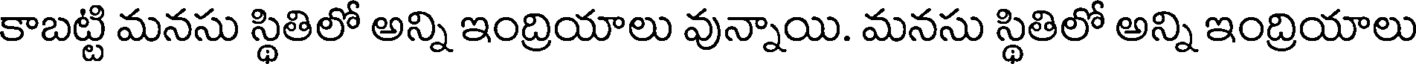
కాబట్టి మనసు స్థితిలో అన్ని ఇంద్రియాలు వున్నాయి. మనసు స్థితిలో అన్ని ఇంద్రియాలు